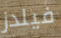
فيلدز